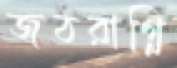
জঠরাগ্নি